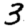
Digit: 3